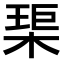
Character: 𤦲